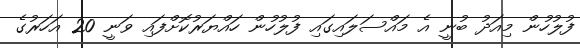
ފުލުހުން މިއަދު ބުނީ އެ މައްސަލައިގައި ފުލުހުން ހައްޔަރުކޮށްފައި ވަނީ 20 އަހަރުގެ